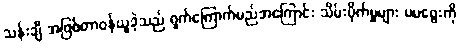
သန်းချီ အဖြစ်တာဝန်ယူခဲ့သည် ရှက်ကြောက်မည်အကြောင်း သိမ်းပိုက်မှုများ မမဖွေးကို